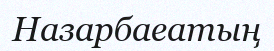
Назарбаеатың